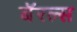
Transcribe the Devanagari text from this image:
बॅरल्स